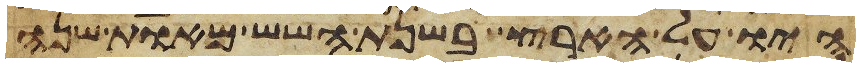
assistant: היו על הארץ בשנת השש מאות שנה